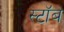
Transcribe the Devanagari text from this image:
स्टॉब